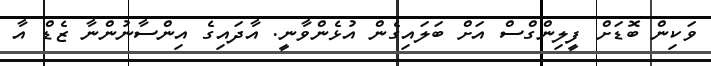
ވަކިން ބޮޑަށް ފީލިންގްސް އަށް ބަލައިގެން އުޅެންވާނީ. އާދައިގެ އިންސާނުންނާ ޒެޑް އާ